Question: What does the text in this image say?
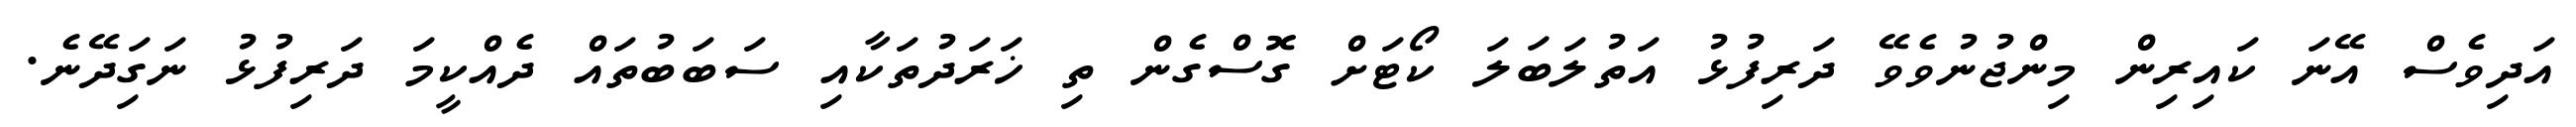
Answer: އަދިވެސް އޭނަ ކައިރިން މިންޖުނުވެވޭ ދަރިފުޅު އަތުލަބަލަ ކޯޓަށް ގޮސްގެން ތި ޚަރަދުތަކާއި ސަބަބުތައް ދެއްކީމަ ދަރިފުޅު ނަގަިދޭނެ.